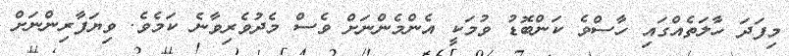
މިފަދަ ހާލަތެއްގައި ހާސްވެ ކަންބޮޑު ވުމަކީ އެންމެންނަށް ވެސް މެދުވެރިވާނެ ކަމެވެ. ވިޔަފާރިންނަށް